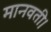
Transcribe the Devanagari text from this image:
मानवती।